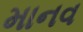
માનવ